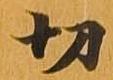
切